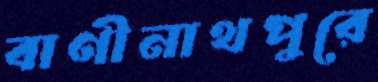
বাণীনাথপুরে